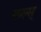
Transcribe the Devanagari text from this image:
रूल्स्